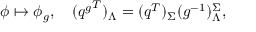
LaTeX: \phi \mapsto \phi _ { g } , \quad ( { q ^ { g } } ^ { T } ) _ { \Lambda } = ( q ^ { T } ) _ { \Sigma } ( g ^ { - 1 } ) _ { \Lambda } ^ { \Sigma } ,